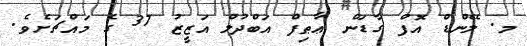
މ. ލޭންޑް އޮފް ގާޑަން ޢާޠިފް އަބްދުލް އަޒީޒު 37 ގެ މައްޗަށެވެ.